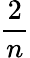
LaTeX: \frac{2}{n}